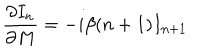
{ \frac { \partial I _ { n } } { \partial M } } = - i \beta ( n + 1 ) I _ { n + 1 }